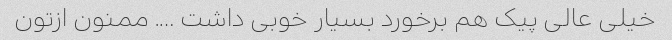
خیلی عالی پیک هم برخورد بسیار خوبی داشت …. ممنون ازتون